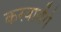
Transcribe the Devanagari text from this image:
करवायेंगे